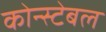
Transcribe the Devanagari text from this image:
कोन्स्टेबल